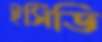
ইসিডি